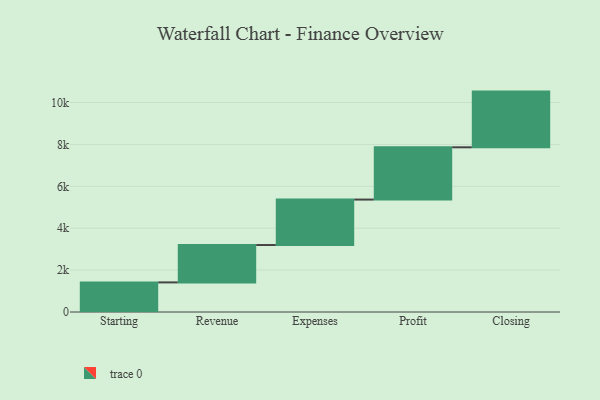
{"axis": {"x": "Step", "y": "Value"}, "legend": [""], "data": [{"x": "Starting", "y": 1413.0, "type": ""}, {"x": "Revenue", "y": 1784.0, "type": ""}, {"x": "Expenses", "y": 2171.0, "type": ""}, {"x": "Profit", "y": 2495.0, "type": ""}, {"x": "Closing", "y": 2659.0, "type": ""}]}